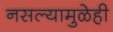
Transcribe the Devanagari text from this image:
नसल्यामुळेही